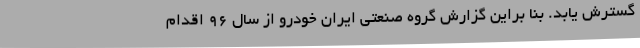
گسترش یابد. بنا براین گزارش گروه صنعتی ایران خودرو از سال 96 اقدام